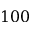
1 0 0